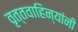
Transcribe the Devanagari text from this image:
वृत्तवाहिन्यांनी